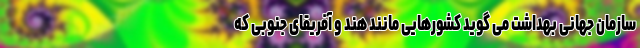
سازمان جهانی بهداشت می گوید کشورهایی مانند هند و آفریقای جنوبی که